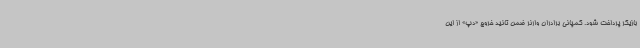
بازیگر پرداخت شود. کمپانی برادران وارنر ضمن تائید خروج «دپ» از این